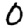
Digit: 0